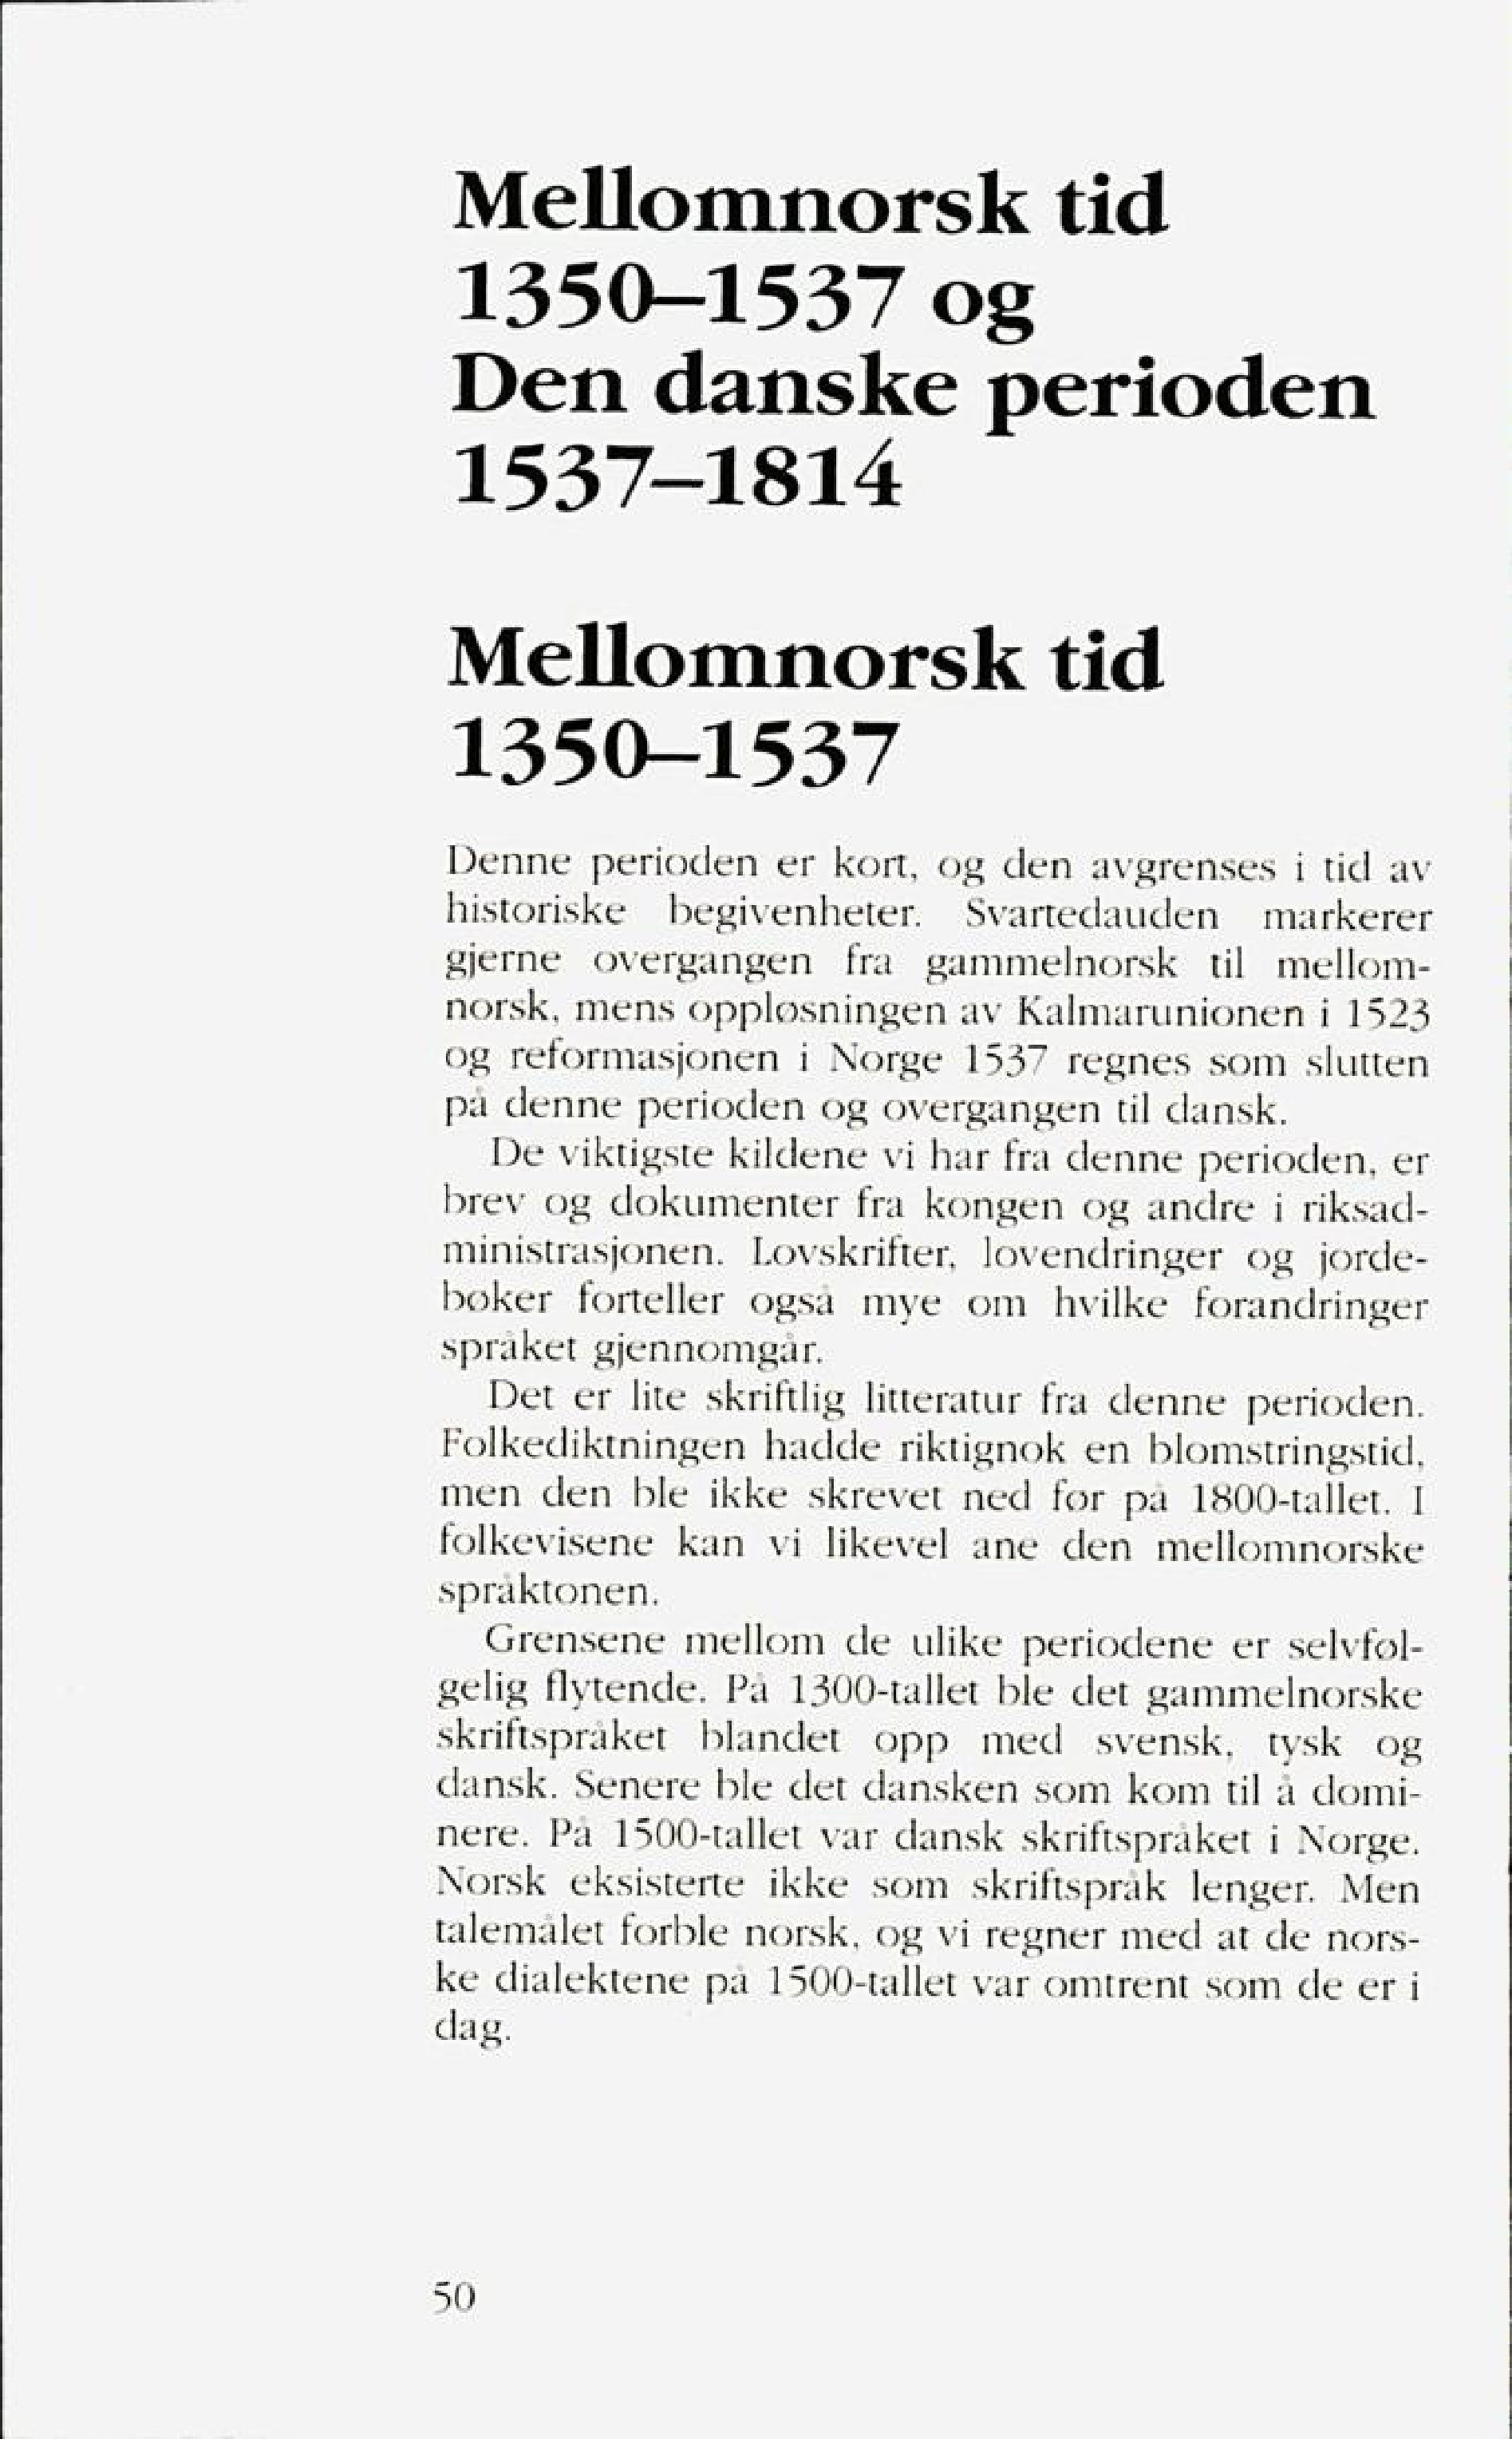
Language: no